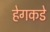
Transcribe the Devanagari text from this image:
हेगकडे